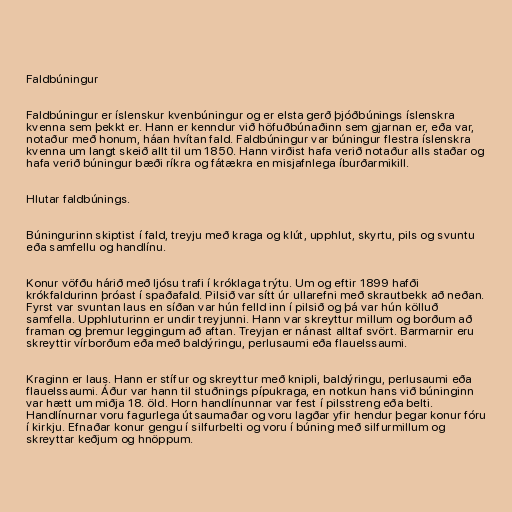
Faldbúningur

Faldbúningur er íslenskur kvenbúningur og er elsta gerð þjóðbúnings íslenskra
kvenna sem þekkt er. Hann er kenndur við höfuðbúnaðinn sem gjarnan er, eða var,
notaður með honum, háan hvítan fald. Faldbúningur var búningur flestra íslenskra
kvenna um langt skeið allt til um 1850. Hann virðist hafa verið notaður alls staðar og
hafa verið búningur bæði ríkra og fátækra en misjafnlega íburðarmikill.

Hlutar faldbúnings.

Búningurinn skiptist í fald, treyju með kraga og klút, upphlut, skyrtu, pils og svuntu
eða samfellu og handlínu.

Konur vöfðu hárið með ljósu trafi í króklaga trýtu. Um og eftir 1899 hafði
krókfaldurinn þróast í spaðafald. Pilsið var sítt úr ullarefni með skrautbekk að neðan.
Fyrst var svuntan laus en síðan var hún felld inn í pilsið og þá var hún kölluð
samfella. Upphluturinn er undir treyjunni. Hann var skreyttur millum og borðum að
framan og þremur leggingum að aftan. Treyjan er nánast alltaf svört. Barmarnir eru
skreyttir vírborðum eða með baldýringu, perlusaumi eða flauelssaumi.

Kraginn er laus. Hann er stífur og skreyttur með knipli, baldýringu, perlusaumi eða
flauelssaumi. Áður var hann til stuðnings pípukraga, en notkun hans við búninginn
var hætt um miðja 18. öld. Horn handlínunnar var fest í pilsstreng eða belti.
Handlínurnar voru fagurlega útsaumaðar og voru lagðar yfir hendur þegar konur fóru
í kirkju. Efnaðar konur gengu í silfurbelti og voru í búning með silfurmillum og
skreyttar keðjum og hnöppum.